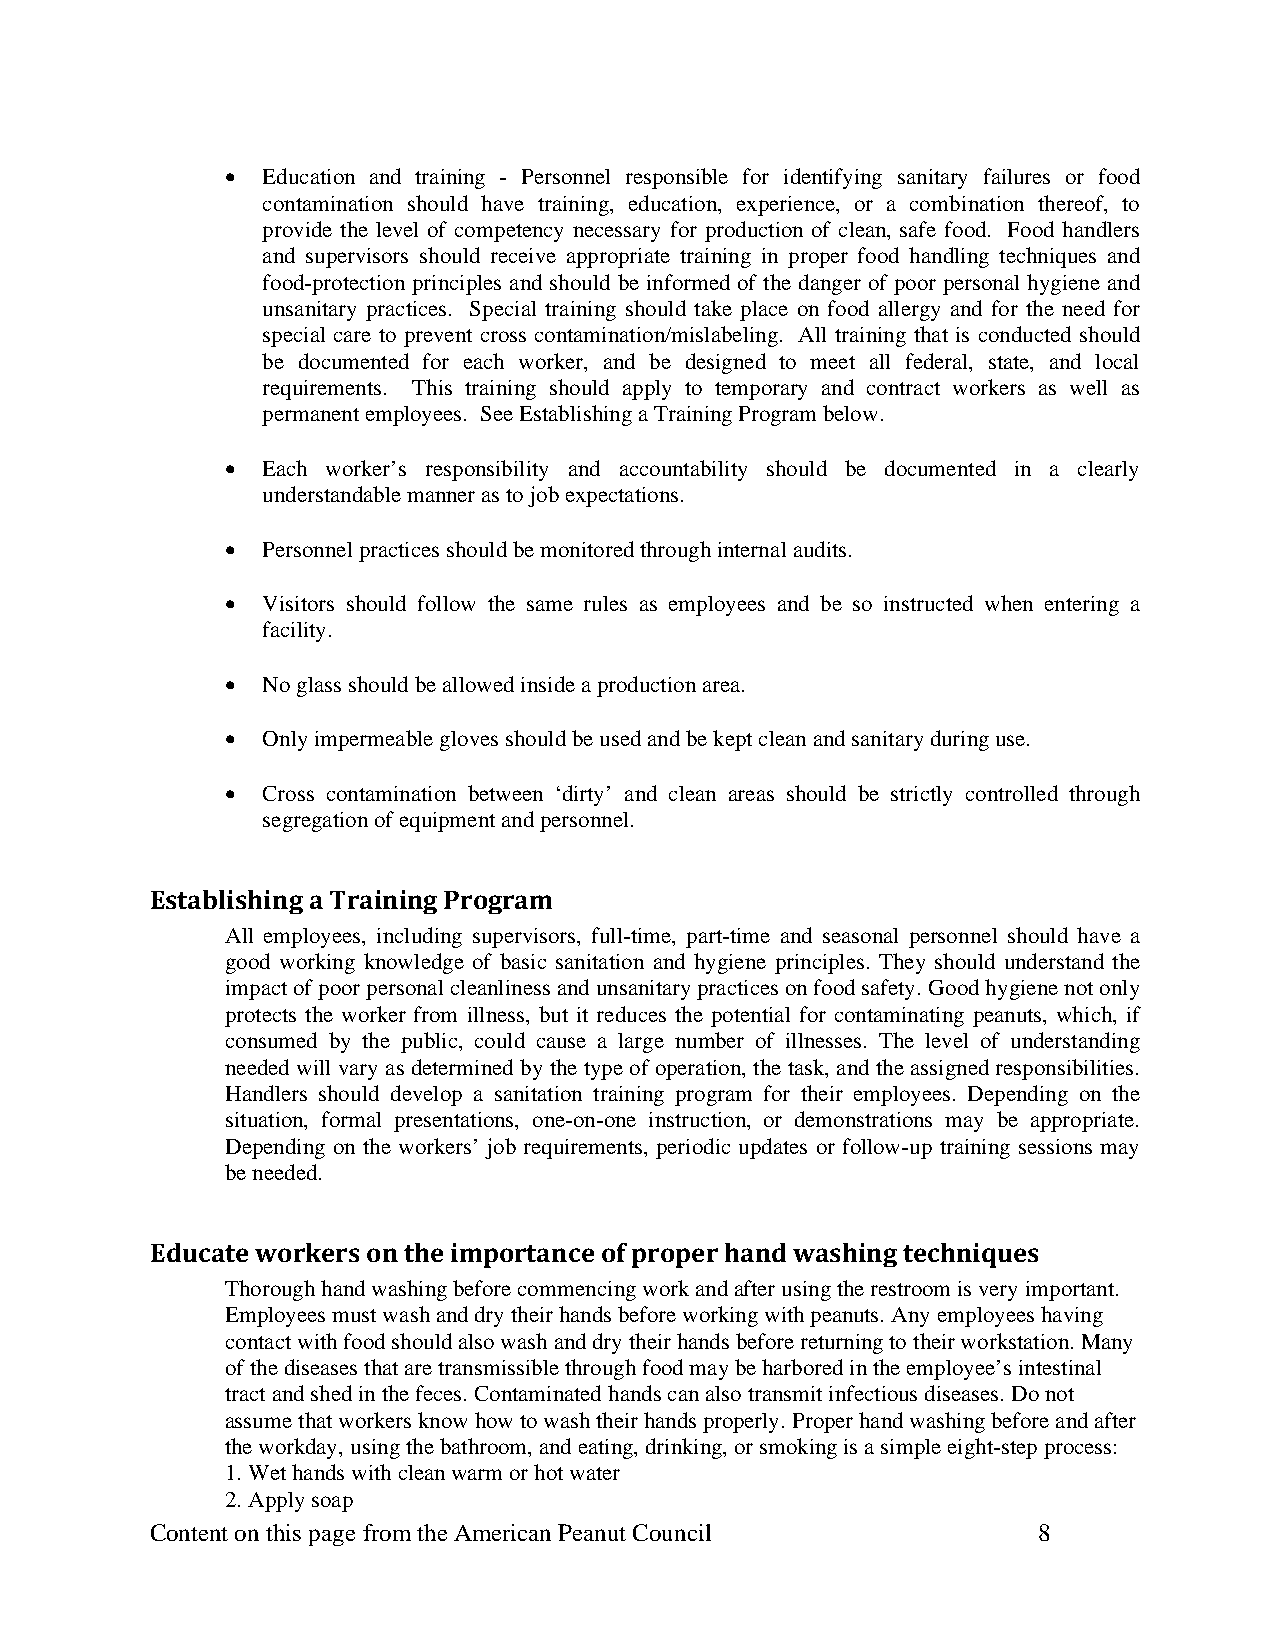
• Education and training - Personnel responsible for identifying sanitary failures or food
 contamination should have training, education, experience, or a combination thereof, to
 provide the level of competency necessary for production of clean, safe food. Food handlers
 and supervisors should receive appropriate training in proper food handling techniques and
 food-protection principles and should be informed of the danger of poor personal hygiene and
 unsanitary practices. Special training should take place on food allergy and for the need for
 special care to prevent cross contamination/mislabeling. All training that is conducted should
 be documented for each worker, and be designed to meet all federal, state, and local
 requirements. This training should apply to temporary and contract workers as well as
 permanent employees. See Establishing a Training Program below.
 • Each worker’s responsibility and accountability should be documented in a clearly
 understandable manner as to job expectations.
 • Personnel practices should be monitored through internal audits.
 • Visitors should follow the same rules as employees and be so instructed when entering a
 facility.
 • No glass should be allowed inside a production area.
 • Only impermeable gloves should be used and be kept clean and sanitary during use.
 • Cross contamination between ‘dirty’ and clean areas should be strictly controlled through
 segregation of equipment and personnel.
 Establishing a Training Program
 All employees, including supervisors, full-time, part-time and seasonal personnel should have a
 good working knowledge of basic sanitation and hygiene principles. They should understand the
 impact of poor personal cleanliness and unsanitary practices on food safety. Good hygiene not only
 protects the worker from illness, but it reduces the potential for contaminating peanuts, which, if
 consumed by the public, could cause a large number of illnesses. The level of understanding
 needed will vary as determined by the type of operation, the task, and the assigned responsibilities.
 Handlers should develop a sanitation training program for their employees. Depending on the
 situation, formal presentations, one-on-one instruction, or demonstrations may be appropriate.
 Depending on the workers’ job requirements, periodic updates or follow-up training sessions may
 be needed.
 Educate workers on the importance of proper hand washing techniques
 Thorough hand washing before commencing work and after using the restroom is very important.
 Employees must wash and dry their hands before working with peanuts. Any employees having
 contact with food should also wash and dry their hands before returning to their workstation. Many
 of the diseases that are transmissible through food may be harbored in the employee’s intestinal
 tract and shed in the feces. Contaminated hands can also transmit infectious diseases. Do not
 assume that workers know how to wash their hands properly. Proper hand washing before and after
 the workday, using the bathroom, and eating, drinking, or smoking is a simple eight-step process:
 1. Wet hands with clean warm or hot water
 2. Apply soap
 Content on this page from the American Peanut Council      8